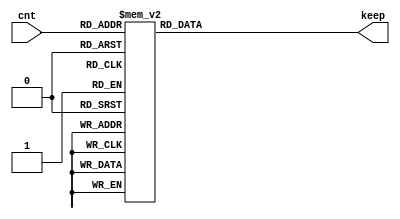
// left_to_keep.v --- 
// 
// Description: 
// Maintainer: 
// Version: 
// Last-Updated: 
//           By: 
//     Update #: 0
// URL: 
// Keywords: 
// Compatibility: 
// 
// 

// Commentary: 
// 
// 
// 
// 

// Change log:
// 
// 
// 

// -------------------------------------
// Naming Conventions:
// 	active low signals                 : "*_n"
// 	clock signals                      : "clk", "clk_div#", "clk_#x"
// 	reset signals                      : "rst", "rst_n"
// 	generics                           : "C_*"
// 	user defined types                 : "*_TYPE"
// 	state machine next state           : "*_ns"
// 	state machine current state        : "*_cs"
// 	combinatorial signals              : "*_com"
// 	pipelined or register delay signals: "*_d#"
// 	counter signals                    : "*cnt*"
// 	clock enable signals               : "*_ce"
// 	internal version of output port    : "*_i"
// 	device pins                        : "*_pin"
// 	ports                              : - Names begin with Uppercase
// Code:
`timescale 1ps/1ps
module left_to_keep(/*AUTOARG*/
   // Outputs
   keep,
   // Inputs
   cnt
   );
   input [3:0] cnt;
   output [7:0] keep;

   reg [7:0] 	keep;
   always @(*)
     begin
	keep = 8'b0000_0000;
	case (cnt)
	  4'h1: keep = 8'b1000_0000;
	  4'h2: keep = 8'b1100_0000;
	  4'h3: keep = 8'b1110_0000;
	  4'h4: keep = 8'b1111_0000;
	  4'h5: keep = 8'b1111_1000;
	  4'h6: keep = 8'b1111_1100;
	  4'h7: keep = 8'b1111_1110;
	  4'h8: keep = 8'b1111_1111;	  
	endcase
     end
endmodule
// 
// left_to_keep.v ends here